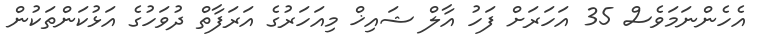
އެހެންނަމަވެސް 35 އަހަރަށް ފަހު އާލް ޝައިޚް މިއަހަރުގެ އަރަފާތް ދުވަހުގެ އަޅުކަންތަކުން